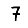
Digit: 7